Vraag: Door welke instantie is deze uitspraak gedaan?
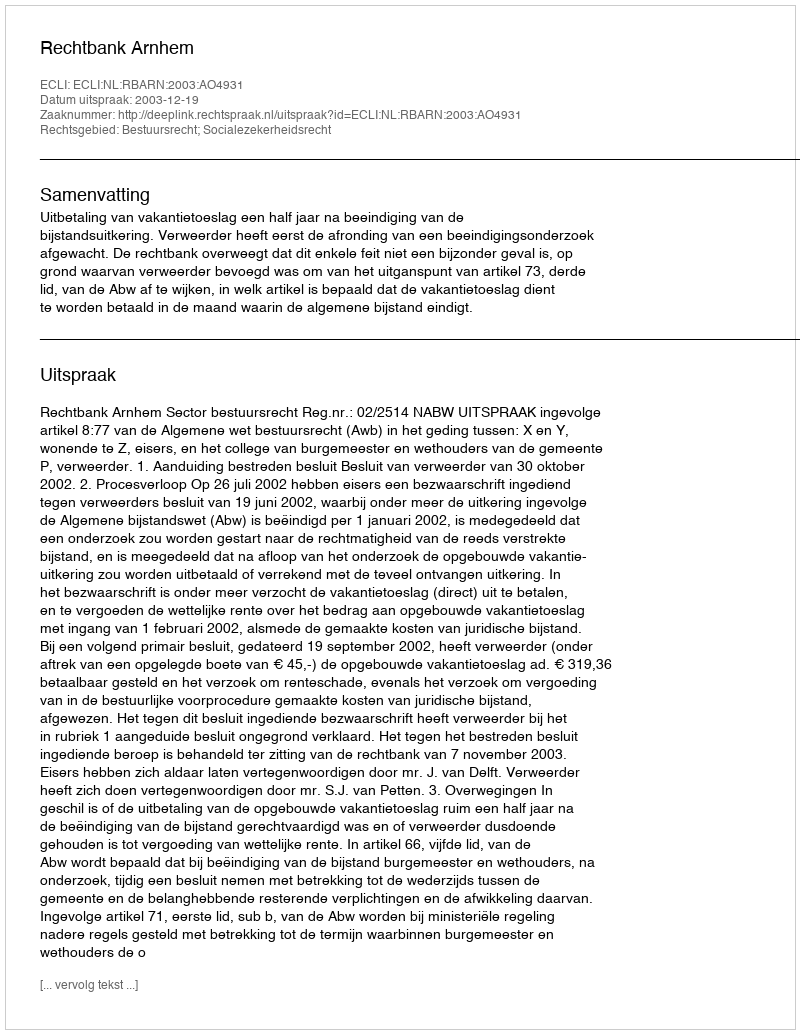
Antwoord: Rechtbank Arnhem